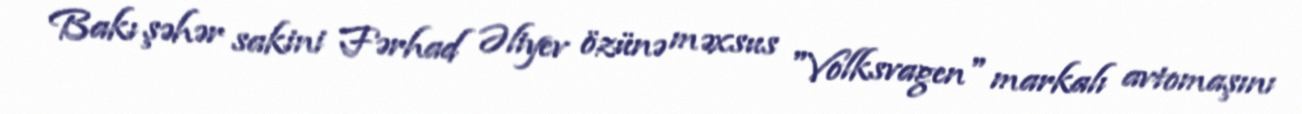
Bakı şəhər sakini Fərhad Əliyev özünə məxsus "Volksvagen" markalı avtomaşını